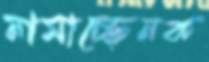
নামাচ্ছেনক